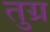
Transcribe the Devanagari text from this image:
तुग्र